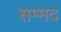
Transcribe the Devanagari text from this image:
सम्मद